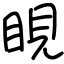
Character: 睍